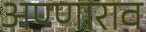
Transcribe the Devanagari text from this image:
अण्णाराव